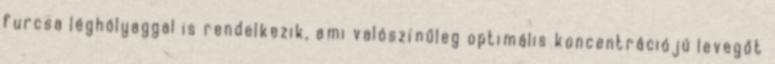
furcsa léghólyaggal is rendelkezik, ami valószínűleg optimális koncentrációjú levegőt